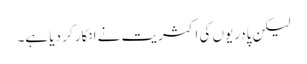
لیکن پادریوں کی اکثریت نے انکار کر دیا ہے۔